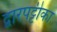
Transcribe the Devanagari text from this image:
द्वारपट्टीका